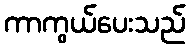
ကာကွယ်ပေးသည်